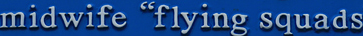
midwife "flying squads